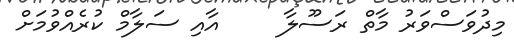
މިދުވަސްވަރު މާތް ރަސޫލާ     އާއި ސަލާމް ކުރެއްވުމަށް